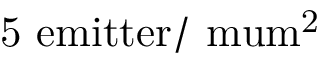
\mathrm { 5 ~ e m i t t e r / \ m u m ^ { 2 } }